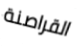
القراصنة